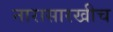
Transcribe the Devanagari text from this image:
नारासारखीच